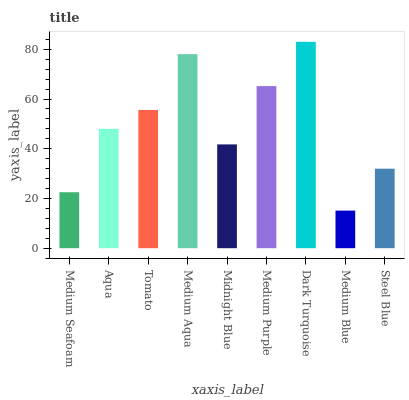
| xaxis_label | bars |
 | --- | --- |
 | Medium Seafoam | 22.5 |
 | Aqua | 48 |
 | Tomato | 55.6 |
 | Medium Aqua | 78.1 |
 | Midnight Blue | 41.8 |
 | Medium Purple | 65.2 |
 | Dark Turquoise | 83 |
 | Medium Blue | 15.1 |
 | Steel Blue | 32 |